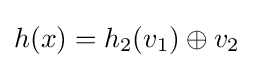
h(x)=h_{2}(v_{1})\oplus v_{2}